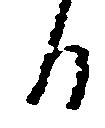
日